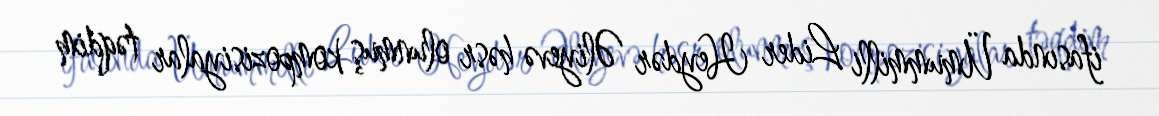
ifasında Ümummilli Lider Heydər Əliyevə həsr olunmuş kompozisiyalar təqdim